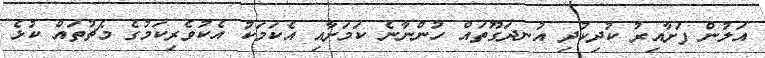
އަލުން ފަށާއިރު ކުދިކުދި އުނދަގޫތައް ހުންނާނެ ކަމަށާއި އެކަމަކު އެކުވެރިކަމުގެ މެޗުތައް ކުޅެ